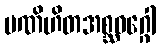
ပဏိဟိတအစ္ဆဝဂ္ဂေါ